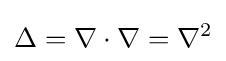
\Delta =\nabla \cdot \nabla =\nabla ^{2}